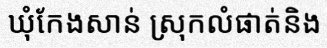
ឃុំកែងសាន់ ស្រុកលំផាត់និង